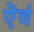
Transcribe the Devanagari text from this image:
ऎवं